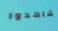
شاهدوا